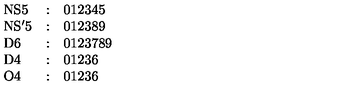
\begin{array} { l c l } { \mathrm { N S 5 } } & { : } & { 0 1 2 3 4 5 } \\ { \mathrm { N S ^ { \prime } 5 } } & { : } & { 0 1 2 3 8 9 } \\ { \mathrm { D 6 } } & { : } & { 0 1 2 3 7 8 9 } \\ { \mathrm { D 4 } } & { : } & { 0 1 2 3 6 } \\ { \mathrm { O 4 } } & { : } & { 0 1 2 3 6 } \\ \end{array}